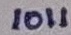
Text: 1011